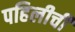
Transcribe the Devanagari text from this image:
पहिलीची